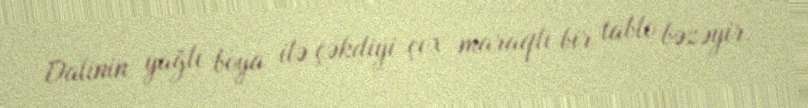
Dalinin yağlı boya ilə çəkdiyi çox maraqlı bir tablo bəzəyir.